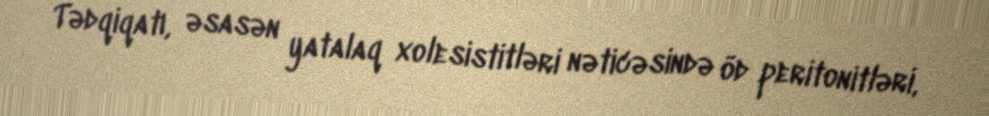
Tədqiqatı, əsasən yatalaq xolesistitləri nəticəsində öd peritonitləri,